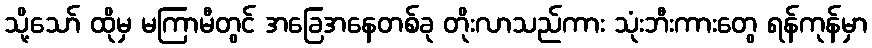
သို့သော် ထိုမှ မကြာမီတွင် အခြေအနေတစ်ခု တိုးလာသည်ကား သုံးဘီးကားတွေ ရန်ကုန်မှာ